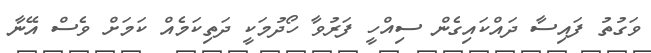
ވަގުތު ފައިސާ ދައްކައިގެން ސިއްހީ ފަރުވާ ހޯދުމަކީ ދަތިކަމެއް ކަމަށް ވެސް އޭނާ